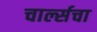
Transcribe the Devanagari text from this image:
चार्ल्सचा